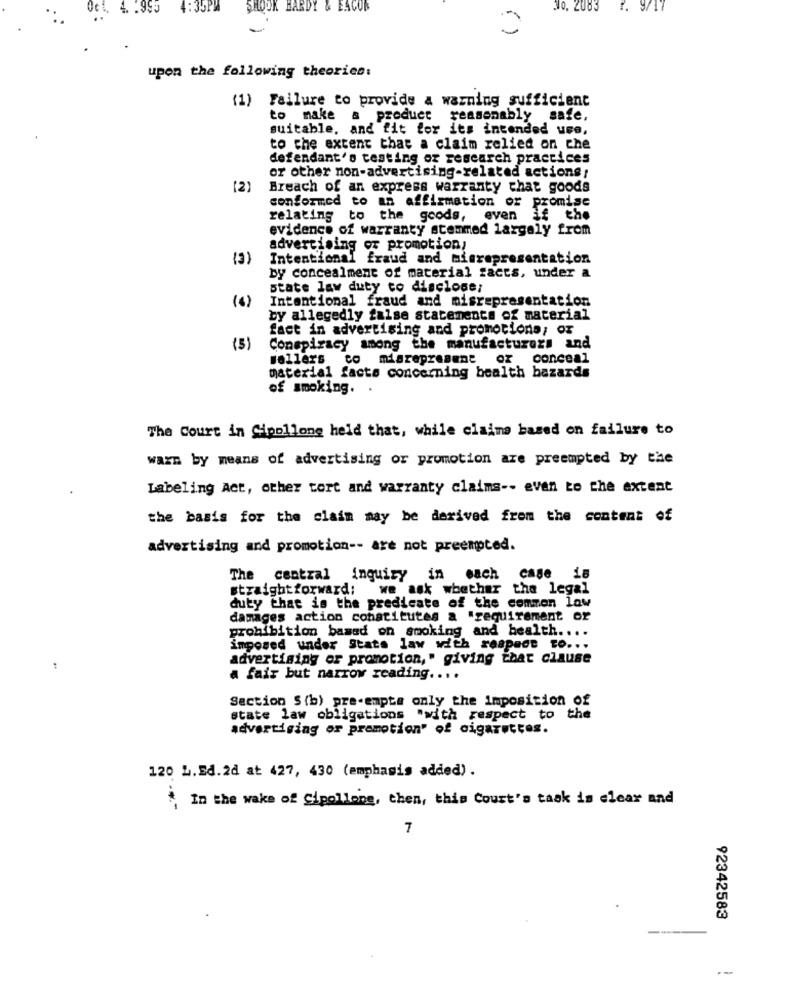
SHOOK HARDY & EACOR
70. 2083
1. 9/17
( )
upon the following theories:
(1) Failure to provide a warning sufficient
to make
& product reasonably safe,
suitable, and fit for its intended use,
to the extent that a claim relied on che
defendant's testing of research practices
or other non-advertising-related actions!
(2)
Breach of an express warranty that goods
conformed to an affirmation or promise
relating to the goods, even if the
evidence of warranty stemmed largely from
advertising of promotion;
(3)
Intentional fraud and misrepresentation
by concealment of material facts, under a
state law duty to disclose;
(6)
Intentional fraud and misrepresentation
by allegedly false statements of material
fact in advertising and promotions; or
(5)
Conspiracy among the manufacturers and
Ballers co misrepresent
or conceal
material facts concerning bealth hazards
of smoking.
The Court in Cipollone heid that, while claims based on failure to
warm by means of advertising or promotion are preempted by the
Labeling Act, other tort and warranty claims -- even to the extent
the basis for the claim may be derived from the content of
advertising and promotion -- are not preempted.
The central inquiry in each case is
straightforward: we ask whether the legal
duty that is the predicate of the common law
damages action constitutes a "requirement of
prohibition based on smoking and health ....
imposed under Stats law with respect to ...
advertising or promotion," giving that clause
a fair but narrow reading ....
Section S (b) pre-empts only the imposition of
state law obligations "with respect to the
advertising or promotion' of cigarettes.
120 L.Ed.2d at 427, 430 (emphasis added).
In the wake of Cipollone, then, this Court's task is clear and
7
92342583
--